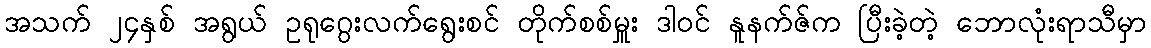
အသက် ၂၄နှစ် အရွယ် ဥရုဂွေးလက်ရွေးစင် တိုက်စစ်မှူး ဒါဝင် နူနက်ဇ်က ပြီးခဲ့တဲ့ ဘောလုံးရာသီမှာ